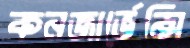
কনজার্ভেন্সি